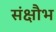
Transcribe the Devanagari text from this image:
संक्षौभ